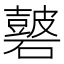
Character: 𥖫